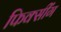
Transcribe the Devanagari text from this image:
फिक्सींग